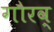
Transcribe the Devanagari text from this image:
गौरव्